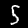
Label: 5